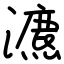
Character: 瀌